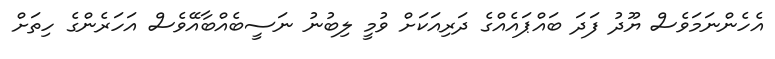
އެހެންނަމަވެސް ޔޫދު ފަދަ ބައްޕައެއްގެ ދަރިއަކަށް ވުމީ ލިބުނު ނަސީބެއްބާއޭވެސް އަހަރެންގެ ހިތަށް